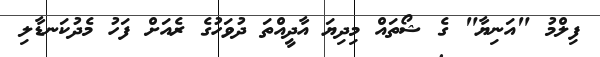
ފިލްމު "އަނިޔާ" ގެ ޝޯތައް މިދިޔަ އާދީއްތަ ދުވަހުގެ ރެއަށް ފަހު މެދުކަނޑާލި